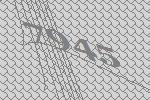
7945